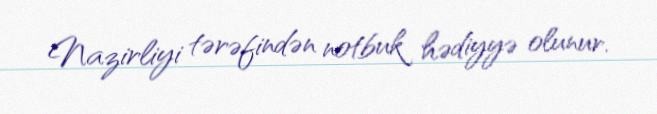
Nazirliyi tərəfindən notbuk hədiyyə olunur.